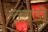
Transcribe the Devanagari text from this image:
तगडी़